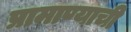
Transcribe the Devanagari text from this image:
प्रामाण्याची